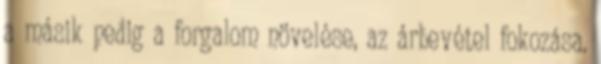
a másik pedig a forgalom növelése, az árbevétel fokozása.